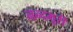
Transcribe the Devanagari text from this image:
नन्दमूरी